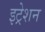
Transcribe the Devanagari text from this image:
इट्रेशन